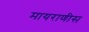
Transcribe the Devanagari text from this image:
मायराणीस